Civil Veterinary Department. United Provinces 1932-42 - 1932-1942
Year: 1932
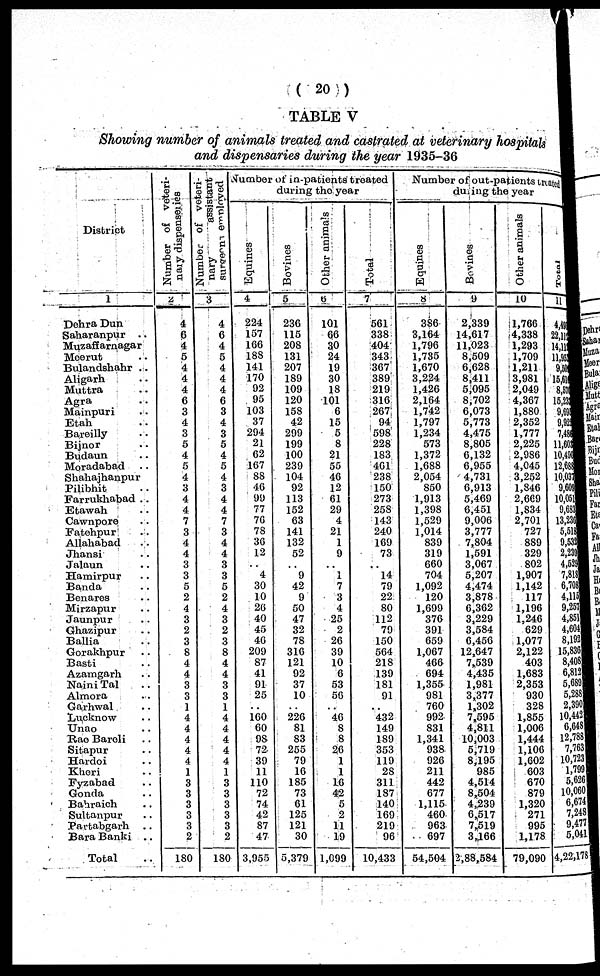
(20)
TABLE V
Showing number of animals treated and castrated at veterinary hospitals
and dispensaries during the year 1935-30
District
1
Dohra Dun
Saharanpur
..
Muzaffarnagar
Moorut ..
Bulandshahr ..
Aligarh ..
Muttra ..
Agra ..
Mainpuri ..
Etah ..
Baroilly ..
Bijnor ..
Budaun ..
Moradabad ..
Shahajhanpur ..
Pilibhit ..
Farrukhabad ..
Etawah ..
Cawnpore ..
Fatchpur ..
Allahabad ..
Jhansi ..
Jalaun ..
Hamirpur ..
Banda ..
Benares ..
Mirzapur ..
Jaunpur ..
Ghazipur ..
Bullia ..
Gorakhpur ..
Basti ..
Azamgarh
..
Naini Tal ..
Almora ..
Carhwal ..
Lucknow ..
Unao ..
Rao Bareli ..
Sitapur ..
Hardoi ..
Kheri ..
Fyzabad ..
Gonda ..
Bahraich ..
Sultanpur ..
Partabgarh ..
Bara Banki ..
Total ..
Number of veteri-
nary dispenseries
2
4
6
4
5
4
4
4
6
3
4
3
5
4
5
4
3
4
4
7
3
4
4
3
3
5
2
4
3
2
3
8
4
4
3
3
1
4
4
4
4
4
1
3
3
3
3
3
2
180
Number
of
veteri-
nary
assistant
3
4
6
4
5
4
4
4
6
3
4
3
5
4
5
4
3
4
4
7
3
4
4
3
3
5
2
4
3
2
3
8
4
4
3
3
1
4
4
4
4
4
1
3
3
3
3
3
2
180
Number of in-patients treated
during the year
Equines
4
224
157
166
188
141
170
92
95
103
37
291
21
62
167
88
16
99
77
76
78
36
12
..
4
30
10
26
40
45
40
200
87
41
91
25
..
160
60
98
72
30
11
110
72
74
42
87
47
3,955
Bovines
5
236
115
208
131
207
189
100
120
158
42
200
100
100
230
104
92
113
152
63
141
132
52
..
9
42
9
50
47
32
78
316
121
92
37
10
..
226
81
83
255
70
16
185
73
61
125
121
30
5,370
Other animals
6
101
66
30
24
19
30
18
101
6
15
5
8
21
55
46
12
61
29
4
21
1
0
..
1
7
3
4
25
2
26
30
10
6
53
50
..
40
8
8
20
1
1
16
42
5
2
11
10
1,099
Total
7
561
338
404
343
367
389
219
316
267
94
598
228
183
461
238
150
273
258
143
240
169
73
..
14
79
22
80
112
70
150
564
218
139
181
91
..
432
149
189
353
119
28
311
187
140
169
219
96
10,433
Number of out-patients treated
during the year
Equines
8
386
3,164
1,796
1,735
1,670
3,224
1,420
2,164
1,742
1,797
1,234
573
1,372
1,688
2,054
850
1,013
1,398
1,520
1,014
830
319
660
704
1,092
120
1,699
376
391
659
1,067
466
694
1,355
981
760
992
831
1,341
938
926
211
442
677
1,115
460
963
697
54,504
B. vinos
9
2,339
14,617
11,023
8,509
6,628
8,411
5,095
8,702
6,073
5,773
4,475
8,805
6,132
6,955
4,731
6,913
5,469
6,451
9,006
3,777
7,804
1,591
3,067
5,207
4,474
3,878
6,362
3,229
3,584
6,456
12,647
7,539
4,435
1,981
3,377
1,302
7,595
4,811
10,003
5,719
8,195
985
4,514
8,504
4,239
6,517
7,519
3,166
2,88,584
Other animals
10
1,766
4,338
1,293
1,709
1,211
3,981
2,049
4,367
1,880
2,352
1,777
2,225
2,986
4,045
3,252
1,846
2,669
1,834
2,701
727
889
329
802
1,907
1,142
117
1,196
1,246
629
1,077
2,122
403
1,683
2,353
930
328
1,355
1,006
1,444
1,106
1,602
603
670
879
1,320
271
995
1,178
79,090
Total
11
4,49
22,112
14,11
11,91
9,50
15,61
8,57
15,23
9,69 9,92
7,48
11,601
10,450
12,680
10,031
9,609
10,051
9,680
13,230
5,518
9,533
2,239
4,629
7,818 6,708
4,115
9,251
4,851
4,601
8,192
15,836
8,405
6,812
5,689
5,288
2,390
10,442
6,648
12,73$
7,761
10,723
1,799
5,626
10,060
6,674
7,248
9,477
5,041
4,22,178